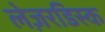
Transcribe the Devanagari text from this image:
लेज़रडिस्क